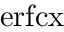
\mathrm { e r f c x }